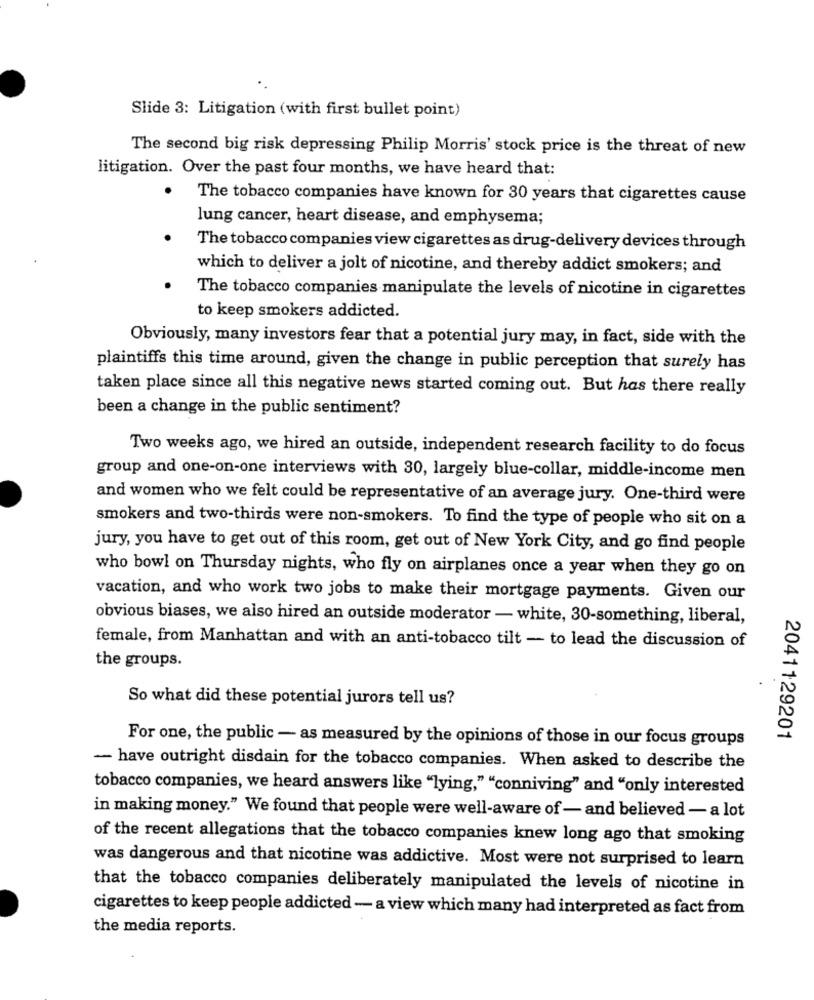
Slide 3: Litigation (with first bullet point)
The second big risk depressing Philip Morris' stock price is the threat of new
litigation. Over the past four months, we have heard that:
The tobacco companies have known for 30 years that cigarettes cause
lung cancer, heart disease, and emphysema;
The tobacco companies view cigarettes as drug-delivery devices through
which to deliver a jolt of nicotine, and thereby addict smokers; and
The tobacco companies manipulate the levels of nicotine in cigarettes
to keep smokers addicted.
Obviously, many investors fear that a potential jury may, in fact, side with the
plaintiffs this time around, given the change in public perception that surely has
taken place since all this negative news started coming out. But has there really
been a change in the public sentiment?
Two weeks ago, we hired an outside, independent research facility to do focus
group and one-on-one interviews with 30, largely blue-collar, middle-income men
and women who we felt could be representative of an average jury. One-third were
smokers and two-thirds were non-smokers. To find the type of people who sit on a
jury, you have to get out of this room, get out of New York City, and go find people
who bowl on Thursday nights, who fly on airplanes once a year when they go on
vacation, and who work two jobs to make their mortgage payments. Given our
obvious biases, we also hired an outside moderator - white, 30-something, liberal,
female, from Manhattan and with an anti-tobacco tilt - to lead the discussion of
the groups.
So what did these potential jurors tell us?
For one, the public - as measured by the opinions of those in our focus groups
2041129201
- have outright disdain for the tobacco companies. When asked to describe the
tobacco companies, we heard answers like "lying," "conniving" and "only interested
in making money." We found that people were well-aware of - and believed - a lot
of the recent allegations that the tobacco companies knew long ago that smoking
was dangerous and that nicotine was addictive. Most were not surprised to learn
that the tobacco companies deliberately manipulated the levels of nicotine in
cigarettes to keep people addicted - a view which many had interpreted as fact from
the media reports.